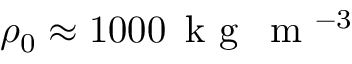
\rho _ { 0 } \approx 1 0 0 0 \, \textnormal { k g } \, \textnormal { m } ^ { - 3 }